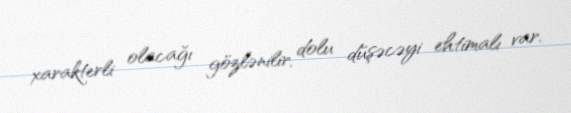
xarakterli olacağı gözlənilir, dolu düşəcəyi ehtimalı var.